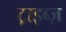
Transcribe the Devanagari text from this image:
ट्राइब्ज़